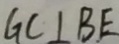
G C \bot B E